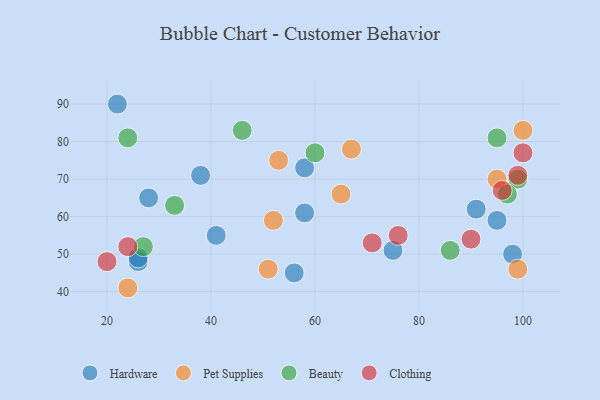
{"axis": {"x": "GDP", "y": "Life Expectancy"}, "legend": ["Beauty", "Clothing", "Hardware", "Pet Supplies"], "data": [{"x": "95", "y": 59, "type": "Hardware"}, {"x": "98", "y": 50, "type": "Hardware"}, {"x": "75", "y": 51, "type": "Hardware"}, {"x": "28", "y": 65, "type": "Hardware"}, {"x": "26", "y": 48, "type": "Hardware"}, {"x": "58", "y": 73, "type": "Hardware"}, {"x": "38", "y": 71, "type": "Hardware"}, {"x": "91", "y": 62, "type": "Hardware"}, {"x": "58", "y": 61, "type": "Hardware"}, {"x": "41", "y": 55, "type": "Hardware"}, {"x": "22", "y": 90, "type": "Hardware"}, {"x": "56", "y": 45, "type": "Hardware"}, {"x": "26", "y": 49, "type": "Hardware"}, {"x": "95", "y": 70, "type": "Pet Supplies"}, {"x": "99", "y": 46, "type": "Pet Supplies"}, {"x": "100", "y": 83, "type": "Pet Supplies"}, {"x": "51", "y": 46, "type": "Pet Supplies"}, {"x": "53", "y": 75, "type": "Pet Supplies"}, {"x": "65", "y": 66, "type": "Pet Supplies"}, {"x": "67", "y": 78, "type": "Pet Supplies"}, {"x": "24", "y": 41, "type": "Pet Supplies"}, {"x": "52", "y": 59, "type": "Pet Supplies"}, {"x": "27", "y": 52, "type": "Beauty"}, {"x": "95", "y": 81, "type": "Beauty"}, {"x": "46", "y": 83, "type": "Beauty"}, {"x": "60", "y": 77, "type": "Beauty"}, {"x": "99", "y": 70, "type": "Beauty"}, {"x": "33", "y": 63, "type": "Beauty"}, {"x": "24", "y": 81, "type": "Beauty"}, {"x": "97", "y": 66, "type": "Beauty"}, {"x": "86", "y": 51, "type": "Beauty"}, {"x": "71", "y": 53, "type": "Clothing"}, {"x": "100", "y": 77, "type": "Clothing"}, {"x": "99", "y": 71, "type": "Clothing"}, {"x": "24", "y": 52, "type": "Clothing"}, {"x": "90", "y": 54, "type": "Clothing"}, {"x": "96", "y": 67, "type": "Clothing"}, {"x": "20", "y": 48, "type": "Clothing"}, {"x": "76", "y": 55, "type": "Clothing"}]}